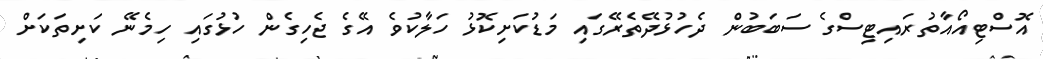
އޮސްޓިއޯއާތުރައިޓިސްގެ ސަބަބުން ދެހުޅުދޭތެރޭގައި މަޑުކަށިކޮޅު ހަލާކުވެ އޭގެ ޖެހިގެން ހުޅުގައި ހިމެނޭ ކަށިތަކަށް